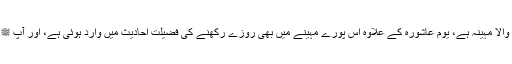
محرم الحرام کا پورا مہینہ ہی قابلِ احترام اور عظمت والا مہینہ ہے، یومِ عاشورہ کے علاوہ اس پورے مہینے میں بھی روزے رکھنے کی فضیلت احادیث میں وارد ہوئی ہے، اور آپ ﷺ نے ماہِ محرم میں روزہ رکھنے کی ترغیب دی ہے۔